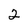
Character: 2